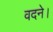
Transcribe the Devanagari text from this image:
वदने।